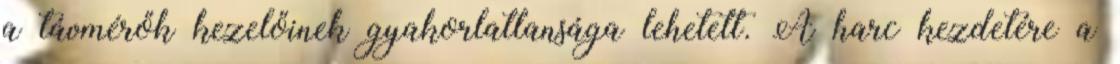
a távmérők kezelőinek gyakorlatlansága lehetett. A harc kezdetére a